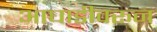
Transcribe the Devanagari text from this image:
आघाडीवरून